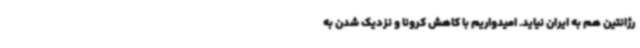
رژانتین هم به ایران نیاید. امیدواریم با کاهش کرونا و نزدیک شدن به